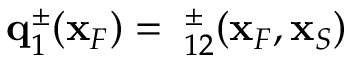
{ \bf q } _ { 1 } ^ { \pm } ( { \bf x } _ { F } ) = { \bf \Gamma } _ { 1 2 } ^ { \pm } ( { \bf x } _ { F } , { \bf x } _ { S } )